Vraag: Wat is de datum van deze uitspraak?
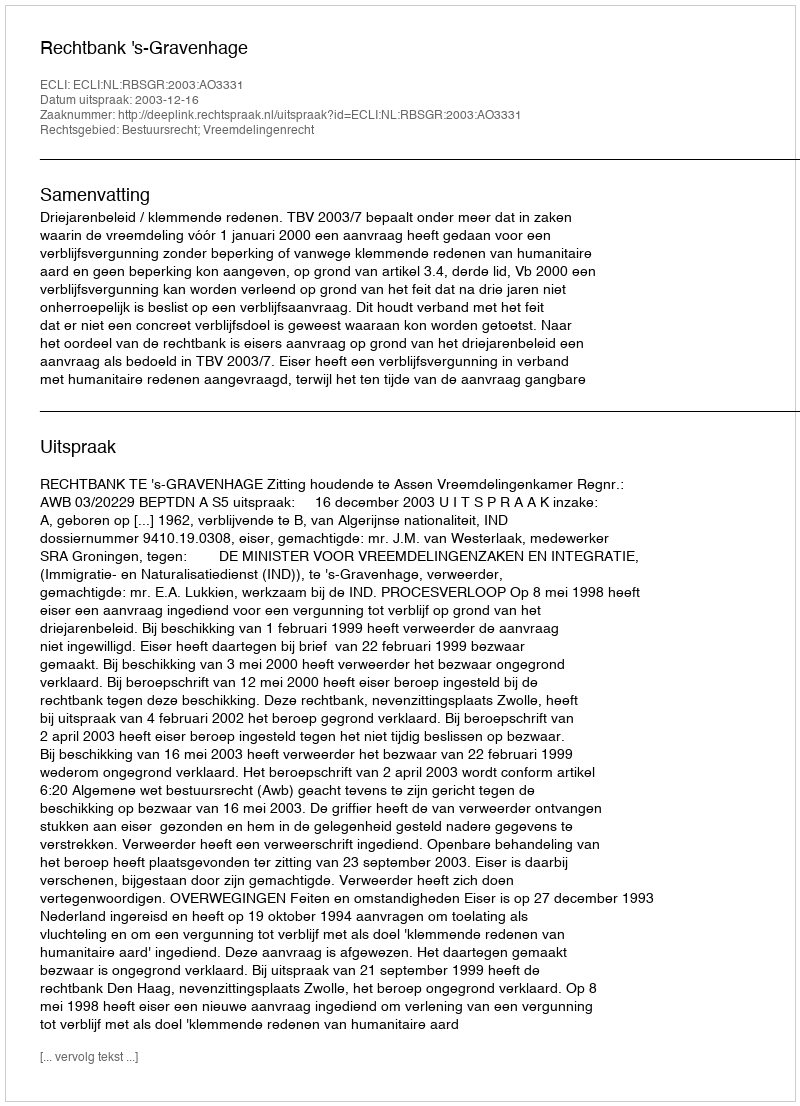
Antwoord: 2003-12-16